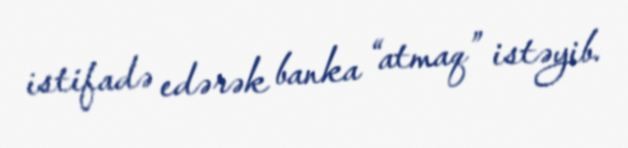
istifadə edərək banka “atmaq” istəyib.